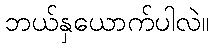
ဘယ်နှယောက်ပါလဲ။